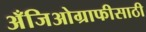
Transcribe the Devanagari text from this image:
अँजिओग्राफीसाठी